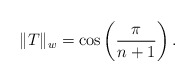
\begin{align*} \|T\|_w=\cos\left(\frac{\pi}{n+1}\right).\end{align*}